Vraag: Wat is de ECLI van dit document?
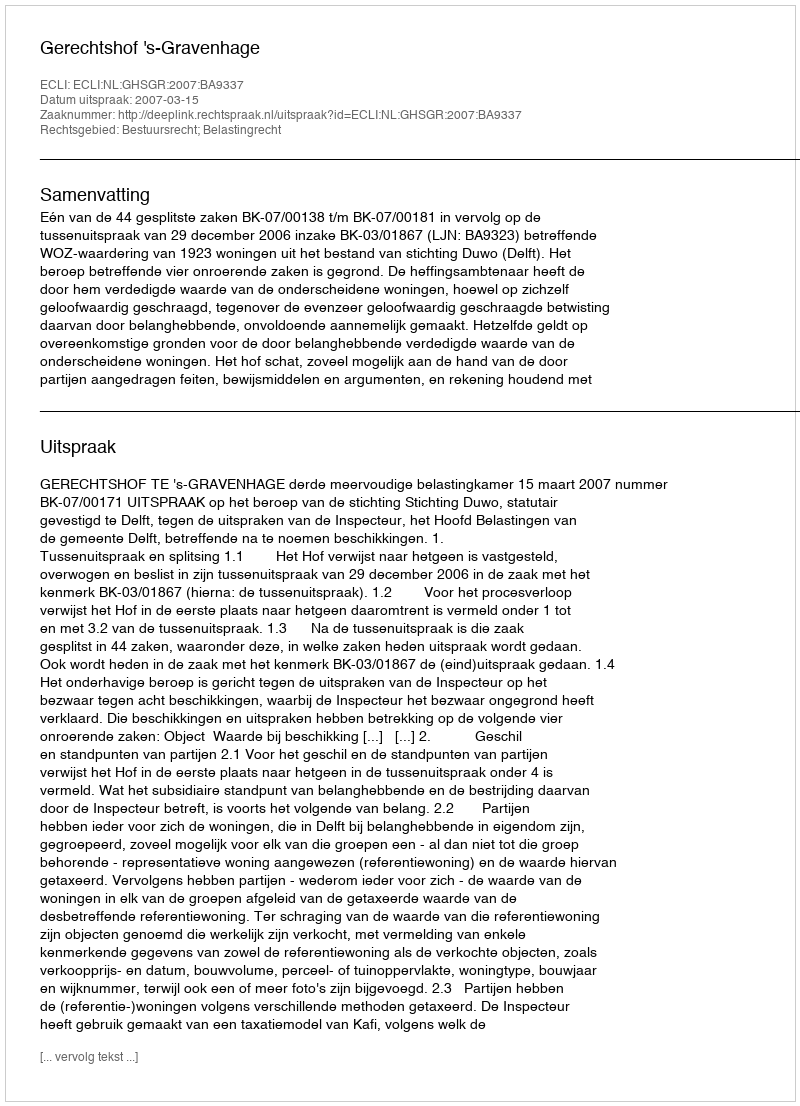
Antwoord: ECLI:NL:GHSGR:2007:BA9337